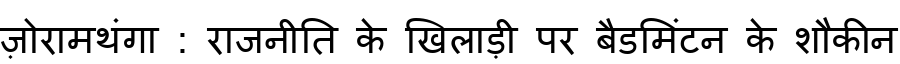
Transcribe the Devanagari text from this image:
ज़ोरामथंगा : राजनीति के खिलाड़ी पर बैडमिंटन के शौकीन